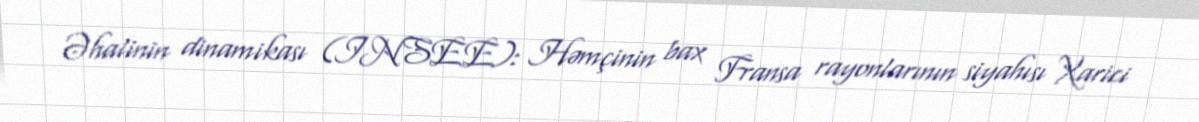
Əhalinin dinamikası (INSEE): Həmçinin bax Fransa rayonlarının siyahısı Xarici